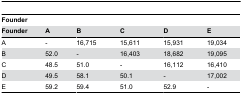
<table><thead><tr><td colspan="6"><b>Founder</b></td></tr><tr><td><b>Founder</b></td><td><b>A</b></td><td><b>B</b></td><td><b>C</b></td><td><b>D</b></td><td><b>E</b></td></tr></thead><tbody><tr><td>A</td><td>-</td><td>16,715</td><td>15,611</td><td>15,931</td><td>19,034</td></tr><tr><td>B</td><td>52.0</td><td>-</td><td>16,403</td><td>18,682</td><td>19,095</td></tr><tr><td>C</td><td>48.5</td><td>51.0</td><td>-</td><td>16,112</td><td>16,410</td></tr><tr><td>D</td><td>49.5</td><td>58.1</td><td>50.1</td><td>-</td><td>17,002</td></tr><tr><td>E</td><td>59.2</td><td>59.4</td><td>51.0</td><td>52.9</td><td>-</td></tr></tbody></table>